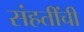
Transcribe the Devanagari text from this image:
संहतींची